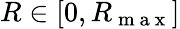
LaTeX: R\in[0,R_{\mathrm{~m~a~x~}}]